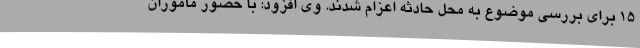
۱۵ برای بررسی موضوع به محل حادثه اعزام شدند. وی افزود: با حضور مأموران